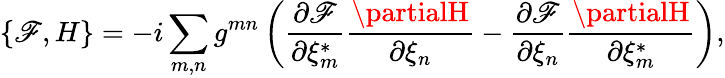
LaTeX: \{ \mathscr{F},H\} =-i\sum_{m,n}g^{mn}\left(\frac{{\partial\mathscr{F}}}{{\partial\xi_{m}^{*}}}\frac{{\partialH}}{{\partial\xi_{n}}}-\frac{{\partial\mathscr{F}}}{{\partial\xi_{n}}}\frac{{\partialH}}{{\partial\xi_{m}^{*}}}\right),